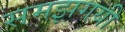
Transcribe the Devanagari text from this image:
समझगयी